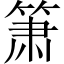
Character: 箫